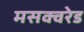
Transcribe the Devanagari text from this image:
मसक्वरेड